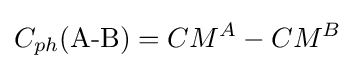
C_{ph}{\text{(A-B)}}=CM^{A}-CM^{B}